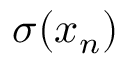
\sigma ( x _ { n } )